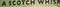
A SCOTCH WHIS